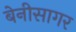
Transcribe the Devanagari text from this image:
बेनीसागर